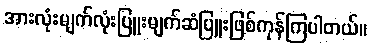
အားလုံးမျက်လုံးပြူးမျက်ဆံပြူးဖြစ်ကုန်ကြပါတယ်။